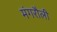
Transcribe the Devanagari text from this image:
मंगरौली